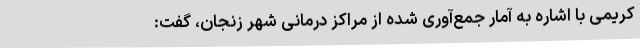
کریمی با اشاره به آمار جمع‌آوری شده از مراکز درمانی شهر زنجان، گفت: